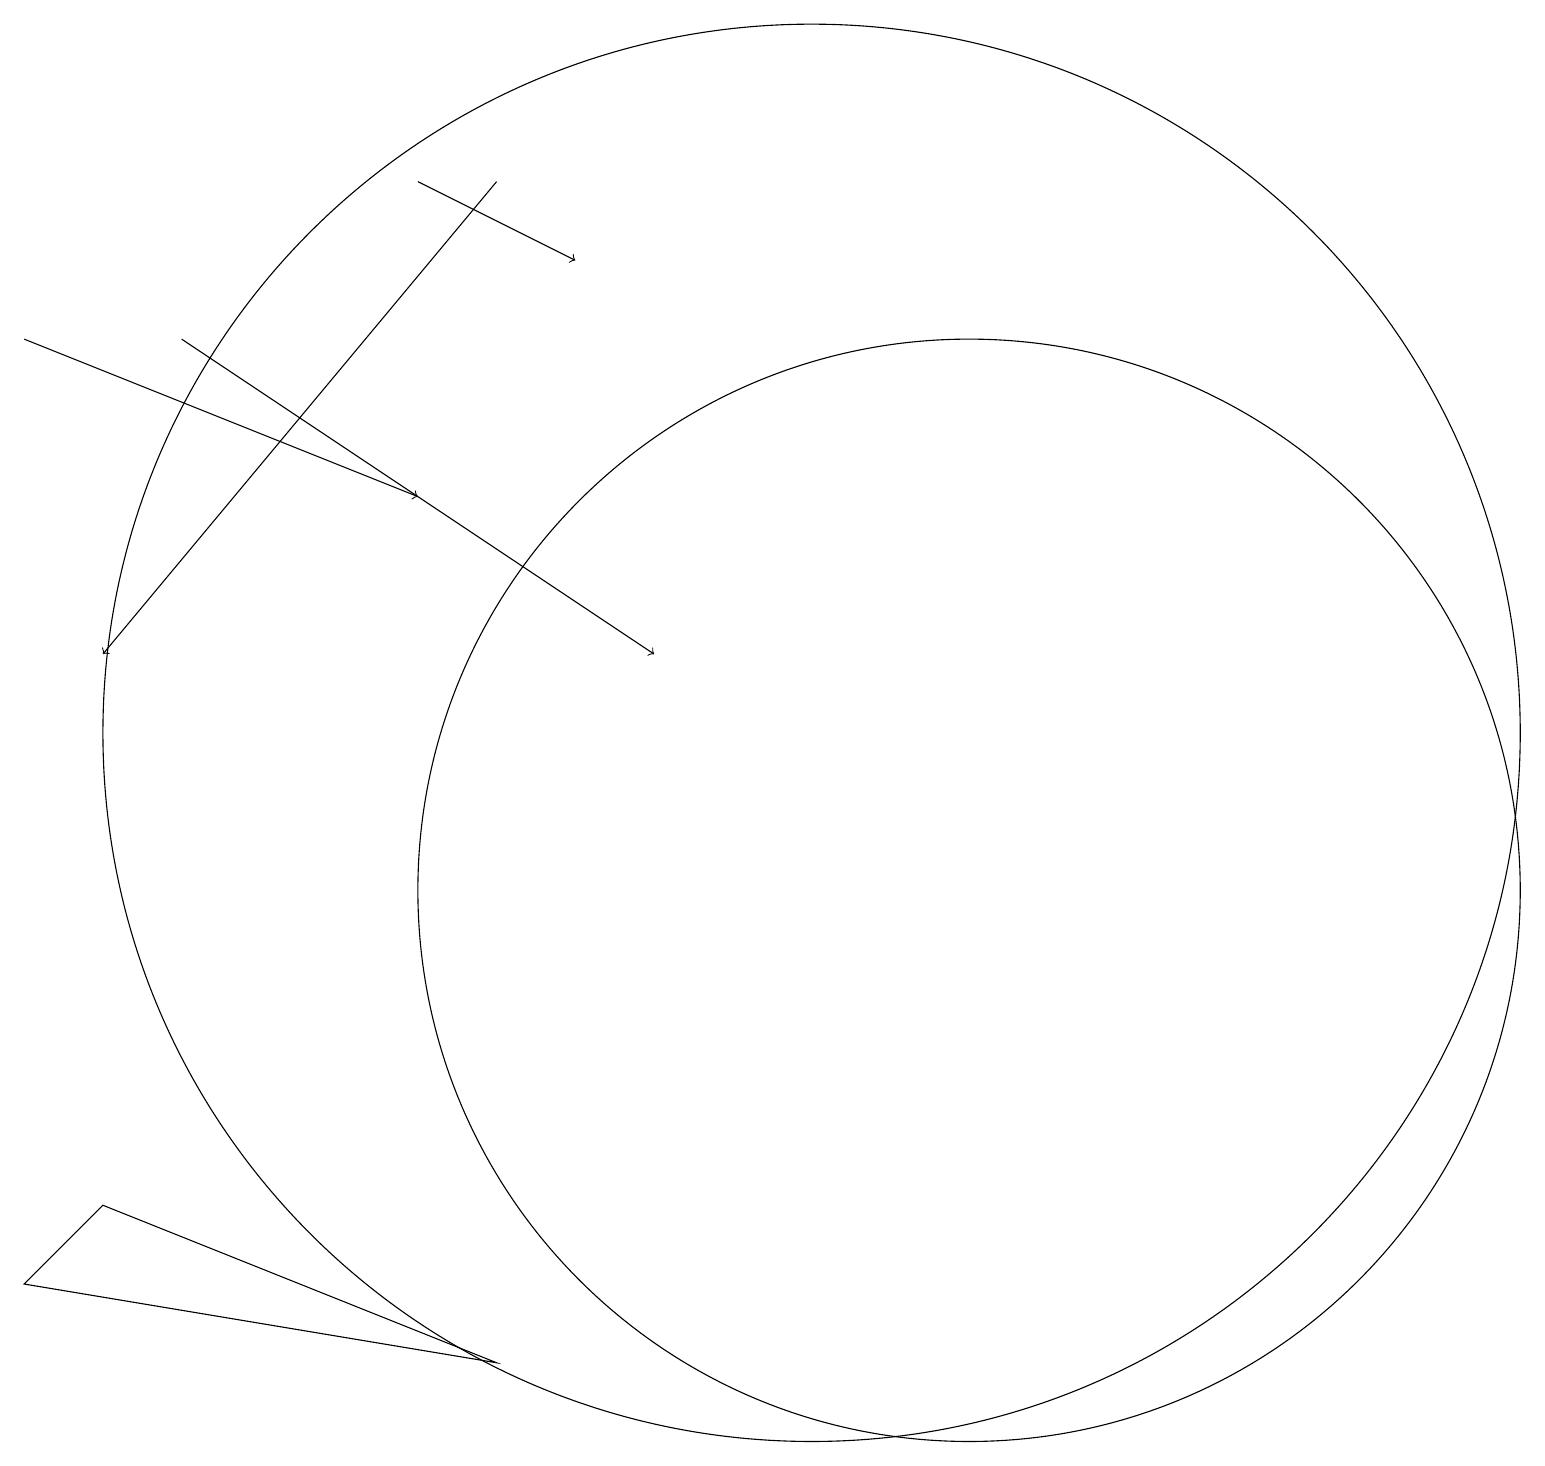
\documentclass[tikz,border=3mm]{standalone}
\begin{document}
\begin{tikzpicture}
\draw[->] (2,17) -- (8,13);
\draw[->] (5,19) -- (7,18);
\draw[->] (6,19) -- (1,13);
\draw (1,6) -- (0,5) -- (6,4) -- cycle;
\draw (10,12) circle (9);
\draw[->] (0,17) -- (5,15);
\draw (12,10) circle (7);
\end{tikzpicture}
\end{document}